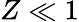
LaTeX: Z\ll 1